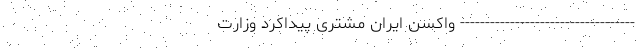
----------------------------------- واکسن ایران مشتری پیداکرد وزارت